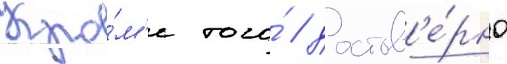
Кро́м'е того́ / достов'е́рно